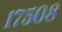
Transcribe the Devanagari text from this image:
१७५०८